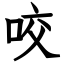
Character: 咬